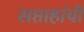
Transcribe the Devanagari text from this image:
सप्ताहांची